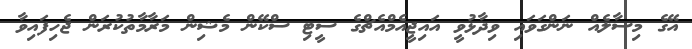
އޭގެ މިސާލެއް ނަންގަވައި ވިދާޅުވީ އައިޖީއެމްއެޗްގެ ސީޓި ސްކޭން މެޝިން މަރާމާތުކުރަން ޖެހިފައިވާ